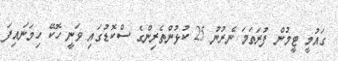
ގައުމީ ޓީމުން ފުރަތަމަ ނެރުނު 25 ކުޅުންތެރިންގެ ސްކޮޑުގައި ވަނީ ހޮކޭ ހިމަނައިފަ